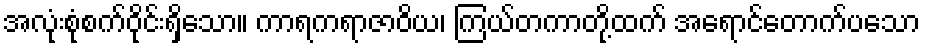
အလုံးစုံစက်ဝိုင်းရှိသော။ ကာရကရာဇာဝိယ၊ ကြယ်တကာတို့ထက် အရောင်တောက်ပသော